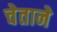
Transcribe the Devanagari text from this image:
चेताने